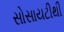
સોસાયટીથી